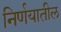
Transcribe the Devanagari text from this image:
निर्णयातील